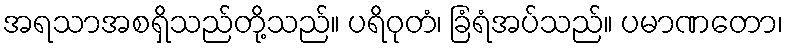
အရသာအစရှိသည်တို့သည်။ ပရိဝုတံ၊ ခြံရံအပ်သည်။ ပမာဏတော၊